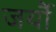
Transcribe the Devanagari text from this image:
जर्यौ